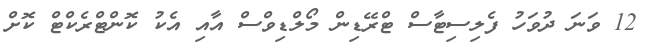
12 ވަނަ ދުވަހު ފެލިސިޓާސް ޓްރޭޑިން މޯލްޑިވްސް އާއި އެކު ކޮންޓްރެކްޓް ކޮށް